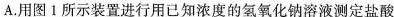
A.用图1所示装置进行用已知浓度的氢氧化钠溶液测定盐酸